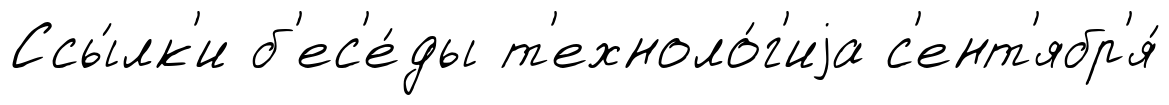
Ссы́лк'и б'ес'е́ды т'ехноло́г'иjа с'ент'ябр'я́